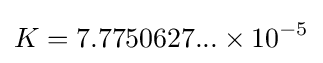
K=7.7750627...\times 10^{-5}